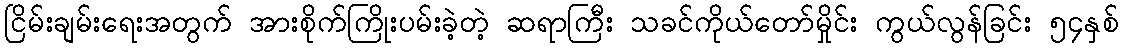
ငြိမ်းချမ်းရေးအတွက် အားစိုက်ကြိုးပမ်းခဲ့တဲ့ ဆရာကြီး သခင်ကိုယ်တော်မှိုင်း ကွယ်လွန်ခြင်း ၅၄နှစ်